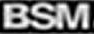
BSM